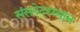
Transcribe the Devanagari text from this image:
संसदेदरम्यान